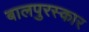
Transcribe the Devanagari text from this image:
बालपुरस्कार